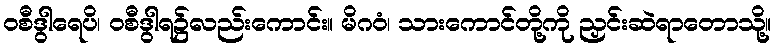
ဝစီဒွါရေပိ၊ ဝစီဒွါရ၌လည်းကောင်း။ မိဂဝံ၊ သားကောင်တို့ကို ညှင်းဆဲရာတောသို့။